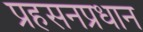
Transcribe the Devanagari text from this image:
प्रहसनप्रधान